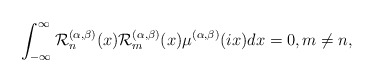
\begin{align*}\int_{-\infty}^{\infty}\mathcal{R}^{(\alpha,\beta)}_{n}(x)\mathcal{R}^{(\alpha,\beta)}_{m}(x)\mu^{(\alpha, \beta)}(ix) dx = 0, m \neq n,\end{align*}